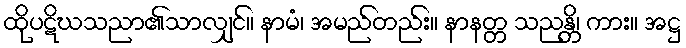
ထိုပဋိဃသညာ၏သာလျှင်။ နာမံ၊ အမည်တည်း။ နာနတ္တ သညန္တိ၊ ကား။ အဋ္ဌ